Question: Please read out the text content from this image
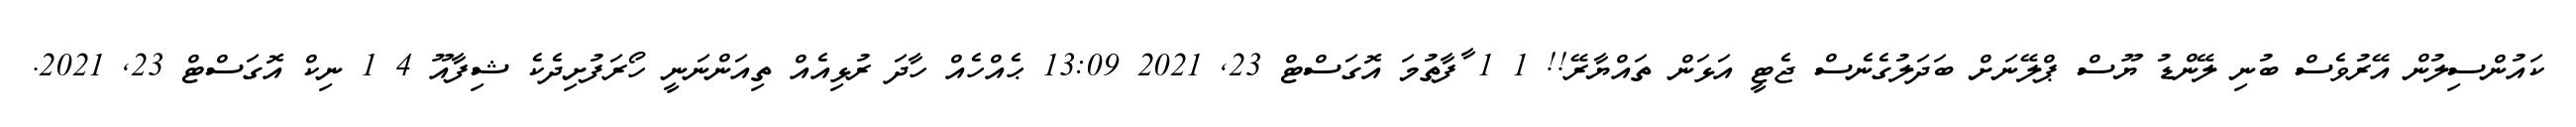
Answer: ކައުންސިލުން އޭރުވެސް ބުނި ލޭންޑު ޔޫސް ޕްލޭނަށް ބަދަލުގެނެސް ޖެޓީ އަޅަން ތައްޔާރޭ!! 1 1 ާފާތުމަ އޮގަސްޓް 23, 2021 13:09 ޙެއްހެއް ހާދަ ރުޅިއެއް ތިއަންނަނީ ހޯރަފުށިދެކެ ޝިފާއޫ 4 1 ނިކް އޮގަސްޓް 23, 2021.